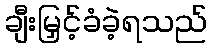
ချီးမြှင့်ခံခဲ့ရသည်